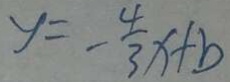
y = - \frac { 4 } { 3 } x + b